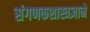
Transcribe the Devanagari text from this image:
संगणकशास्त्रज्ञाने